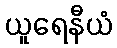
ယူရေနီယံ